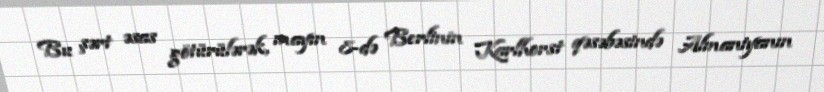
Bu şərt əsas götürülərək, mayın 8-də Berlinin Karlhorst qəsəbəsində Almaniyanın